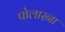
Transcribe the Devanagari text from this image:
पोलारना